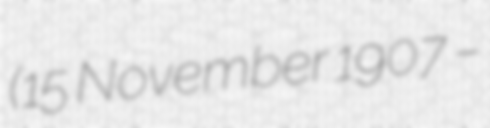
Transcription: (15 November 1907 –